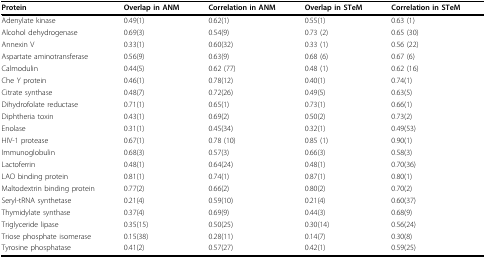
| Protein | Overlap in ANM | Correlation in ANM | Overlap in STeM | Correlation in STeM |
 | --- | --- | --- | --- | --- |
 | Adenylate kinase | 0.49(1) | 0.62(1) | 0.55(1) | 0.63 (1) |
 | Alcohol dehydrogenase | 0.69(3) | 0.54(9) | 0.73 (2) | 0.65 (30) |
 | Annexin V | 0.33(1) | 0.60(32) | 0.33 (1) | 0.56 (22) |
 | Aspartate aminotransferase | 0.56(9) | 0.63(9) | 0.68 (6) | 0.67 (6) |
 | Calmodulin | 0.44(5) | 0.62 (77) | 0.48 (1) | 0.62 (16) |
 | Che Y protein | 0.46(1) | 0.78(12) | 0.40(1) | 0.74(1) |
 | Citrate synthase | 0.48(7) | 0.72(26) | 0.49(5) | 0.63(5) |
 | Dihydrofolate reductase | 0.71(1) | 0.65(1) | 0.73(1) | 0.66(1) |
 | Diphtheria toxin | 0.43(1) | 0.69(2) | 0.50(2) | 0.73(2) |
 | Enolase | 0.31(1) | 0.45(34) | 0.32(1) | 0.49(53) |
 | HIV-1 protease | 0.67(1) | 0.78 (10) | 0.85 (1) | 0.90(1) |
 | Immunoglobulin | 0.68(3) | 0.57(3) | 0.66(3) | 0.58(3) |
 | Lactoferrin | 0.48(1) | 0.64(24) | 0.48(1) | 0.70(36) |
 | LAO binding protein | 0.81(1) | 0.74(1) | 0.87(1) | 0.80(1) |
 | Maltodextrin binding protein | 0.77(2) | 0.66(2) | 0.80(2) | 0.70(2) |
 | Seryl-tRNA synthetase | 0.21(4) | 0.59(10) | 0.21(4) | 0.60(37) |
 | Thymidylate synthase | 0.37(4) | 0.69(9) | 0.44(3) | 0.68(9) |
 | Triglyceride lipase | 0.35(15) | 0.50(25) | 0.30(14) | 0.56(24) |
 | Triose phosphate isomerase | 0.15(38) | 0.28(11) | 0.14(7) | 0.30(8) |
 | Tyrosine phosphatase | 0.41(2) | 0.57(27) | 0.42(1) | 0.59(25) |